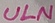
Text: ULN